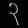
Digit: ၃